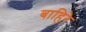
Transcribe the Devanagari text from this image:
बाहिरे